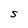
Character: S